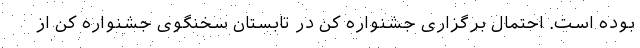
بوده است. احتمال برگزاری جشنواره کن در تابستان سخنگوی جشنواره کن از